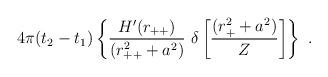
LaTeX: \begin{align*}4\pi(t_2-t_1)\left\{ \frac{H'(r_{++})}{(r_{++}^2+a^2)}\ \delta\left[\frac{(r_+^2+a^2)}{Z}\right] \right\}\ . \end{align*}